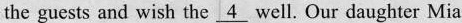
the guests and wish the \underline{4} well. Our daughter Mia